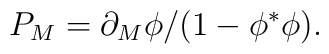
{P_M = \partial_M \phi/(1 - \phi^{\ast} \phi).}